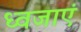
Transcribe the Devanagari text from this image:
ध्वजाएं